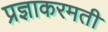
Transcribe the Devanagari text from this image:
प्रज्ञाकरमती